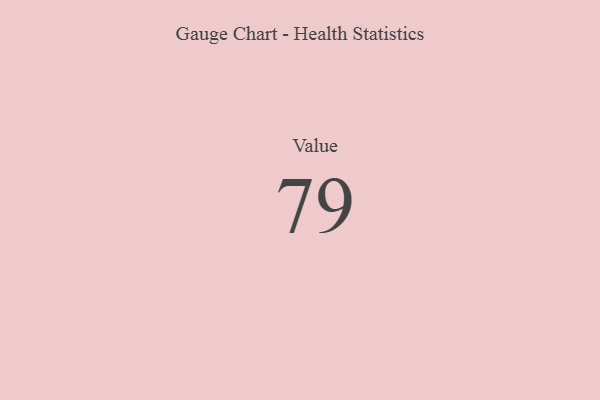
{"axis": {"x": "Metric", "y": "Value"}, "legend": [""], "data": [{"x": "Value", "y": 79, "type": ""}]}